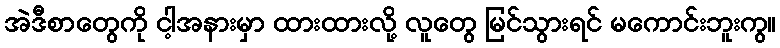
အဲဒီစာတွေကို ငါ့အနားမှာ ထားထားလို့ လူတွေ မြင်သွားရင် မကောင်းဘူးကွ။